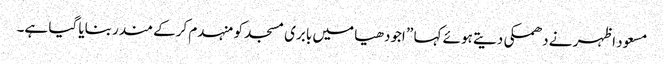
مسعود اظہر نے دھمکی دیتے ہوئے کہا ” اجودھیا میں بابری مسجد کو منہدم کرکے مندر بنایا گیا ہے۔